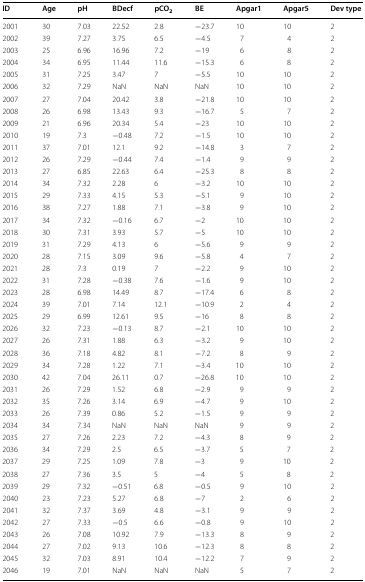
<table><thead><tr><td><b>ID</b></td><td><b>Age</b></td><td><b>pH</b></td><td><b>BDecf</b></td><td><b>pCO<sub>2</sub></b></td><td><b>BE</b></td><td><b>Apgar1</b></td><td><b>Apgar5</b></td><td><b>Dev type</b></td></tr></thead><tbody><tr><td>2001</td><td>30</td><td>7.03</td><td>22.52</td><td>2.8</td><td>−23.7</td><td>10</td><td>10</td><td>2</td></tr><tr><td>2002</td><td>39</td><td>7.27</td><td>3.75</td><td>6.5</td><td>−4.5</td><td>7</td><td>4</td><td>2</td></tr><tr><td>2003</td><td>25</td><td>6.96</td><td>16.96</td><td>7.2</td><td>−19</td><td>6</td><td>8</td><td>2</td></tr><tr><td>2004</td><td>34</td><td>6.95</td><td>11.44</td><td>11.6</td><td>−15.3</td><td>6</td><td>8</td><td>2</td></tr><tr><td>2005</td><td>31</td><td>7.25</td><td>3.47</td><td>7</td><td>−5.5</td><td>10</td><td>10</td><td>2</td></tr><tr><td>2006</td><td>32</td><td>7.29</td><td>NaN</td><td>NaN</td><td>NaN</td><td>10</td><td>10</td><td>2</td></tr><tr><td>2007</td><td>27</td><td>7.04</td><td>20.42</td><td>3.8</td><td>−21.8</td><td>10</td><td>10</td><td>2</td></tr><tr><td>2008</td><td>26</td><td>6.98</td><td>13.43</td><td>9.3</td><td>−16.7</td><td>5</td><td>7</td><td>2</td></tr><tr><td>2009</td><td>21</td><td>6.96</td><td>20.34</td><td>5.4</td><td>−23</td><td>10</td><td>10</td><td>2</td></tr><tr><td>2010</td><td>19</td><td>7.3</td><td>−0.48</td><td>7.2</td><td>−1.5</td><td>10</td><td>10</td><td>2</td></tr><tr><td>2011</td><td>37</td><td>7.01</td><td>12.1</td><td>9.2</td><td>−14.8</td><td>3</td><td>7</td><td>2</td></tr><tr><td>2012</td><td>26</td><td>7.29</td><td>−0.44</td><td>7.4</td><td>−1.4</td><td>9</td><td>9</td><td>2</td></tr><tr><td>2013</td><td>27</td><td>6.85</td><td>22.63</td><td>6.4</td><td>−25.3</td><td>8</td><td>8</td><td>2</td></tr><tr><td>2014</td><td>34</td><td>7.32</td><td>2.28</td><td>6</td><td>−3.2</td><td>10</td><td>10</td><td>2</td></tr><tr><td>2015</td><td>29</td><td>7.33</td><td>4.15</td><td>5.3</td><td>−5.1</td><td>9</td><td>10</td><td>2</td></tr><tr><td>2016</td><td>38</td><td>7.27</td><td>1.88</td><td>7.1</td><td>−3.8</td><td>9</td><td>10</td><td>2</td></tr><tr><td>2017</td><td>34</td><td>7.32</td><td>−0.16</td><td>6.7</td><td>−2</td><td>10</td><td>10</td><td>2</td></tr><tr><td>2018</td><td>30</td><td>7.31</td><td>3.93</td><td>5.7</td><td>−5</td><td>10</td><td>10</td><td>2</td></tr><tr><td>2019</td><td>31</td><td>7.29</td><td>4.13</td><td>6</td><td>−5.6</td><td>9</td><td>9</td><td>2</td></tr><tr><td>2020</td><td>28</td><td>7.15</td><td>3.09</td><td>9.6</td><td>−5.8</td><td>4</td><td>7</td><td>2</td></tr><tr><td>2021</td><td>28</td><td>7.3</td><td>0.19</td><td>7</td><td>−2.2</td><td>9</td><td>10</td><td>2</td></tr><tr><td>2022</td><td>31</td><td>7.28</td><td>−0.38</td><td>7.6</td><td>−1.6</td><td>9</td><td>10</td><td>2</td></tr><tr><td>2023</td><td>28</td><td>6.98</td><td>14.49</td><td>8.7</td><td>−17.4</td><td>6</td><td>8</td><td>2</td></tr><tr><td>2024</td><td>39</td><td>7.01</td><td>7.14</td><td>12.1</td><td>−10.9</td><td>2</td><td>4</td><td>2</td></tr><tr><td>2025</td><td>29</td><td>6.99</td><td>12.61</td><td>9.5</td><td>−16</td><td>8</td><td>8</td><td>2</td></tr><tr><td>2026</td><td>32</td><td>7.23</td><td>−0.13</td><td>8.7</td><td>−2.1</td><td>10</td><td>10</td><td>2</td></tr><tr><td>2027</td><td>26</td><td>7.31</td><td>1.88</td><td>6.3</td><td>−3.2</td><td>9</td><td>10</td><td>2</td></tr><tr><td>2028</td><td>36</td><td>7.18</td><td>4.82</td><td>8.1</td><td>−7.2</td><td>8</td><td>9</td><td>2</td></tr><tr><td>2029</td><td>34</td><td>7.28</td><td>1.22</td><td>7.1</td><td>−3.4</td><td>10</td><td>10</td><td>2</td></tr><tr><td>2030</td><td>42</td><td>7.04</td><td>26.11</td><td>0.7</td><td>−26.8</td><td>10</td><td>10</td><td>2</td></tr><tr><td>2031</td><td>26</td><td>7.29</td><td>1.52</td><td>6.8</td><td>−2.9</td><td>9</td><td>9</td><td>2</td></tr><tr><td>2032</td><td>35</td><td>7.26</td><td>3.14</td><td>6.9</td><td>−4.7</td><td>9</td><td>10</td><td>2</td></tr><tr><td>2033</td><td>26</td><td>7.39</td><td>0.86</td><td>5.2</td><td>−1.5</td><td>9</td><td>9</td><td>2</td></tr><tr><td>2034</td><td>34</td><td>7.34</td><td>NaN</td><td>NaN</td><td>NaN</td><td>9</td><td>9</td><td>2</td></tr><tr><td>2035</td><td>27</td><td>7.26</td><td>2.23</td><td>7.2</td><td>−4.3</td><td>8</td><td>9</td><td>2</td></tr><tr><td>2036</td><td>34</td><td>7.29</td><td>2.5</td><td>6.5</td><td>−3.7</td><td>5</td><td>7</td><td>2</td></tr><tr><td>2037</td><td>29</td><td>7.25</td><td>1.09</td><td>7.8</td><td>−3</td><td>9</td><td>10</td><td>2</td></tr><tr><td>2038</td><td>27</td><td>7.36</td><td>3.5</td><td>5</td><td>−4</td><td>5</td><td>8</td><td>2</td></tr><tr><td>2039</td><td>29</td><td>7.32</td><td>−0.51</td><td>6.8</td><td>−0.5</td><td>9</td><td>10</td><td>2</td></tr><tr><td>2040</td><td>23</td><td>7.23</td><td>5.27</td><td>6.8</td><td>−7</td><td>2</td><td>6</td><td>2</td></tr><tr><td>2041</td><td>32</td><td>7.37</td><td>3.69</td><td>4.8</td><td>−3.1</td><td>9</td><td>9</td><td>2</td></tr><tr><td>2042</td><td>27</td><td>7.33</td><td>−0.5</td><td>6.6</td><td>−0.8</td><td>9</td><td>10</td><td>2</td></tr><tr><td>2043</td><td>26</td><td>7.08</td><td>10.92</td><td>7.9</td><td>−13.3</td><td>8</td><td>9</td><td>2</td></tr><tr><td>2044</td><td>27</td><td>7.02</td><td>9.13</td><td>10.6</td><td>−12.3</td><td>8</td><td>8</td><td>2</td></tr><tr><td>2045</td><td>32</td><td>7.03</td><td>8.91</td><td>10.4</td><td>−12.2</td><td>7</td><td>9</td><td>2</td></tr><tr><td>2046</td><td>19</td><td>7.01</td><td>NaN</td><td>NaN</td><td>NaN</td><td>5</td><td>7</td><td>2</td></tr></tbody></table>